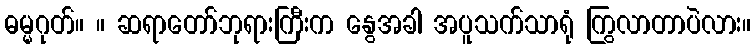
ဓမ္မဂုတ်။ ။ ဆရာတော်ဘုရားကြီးက နွေအခါ အပူသက်သာရုံ ကြွလာတာပဲလား။